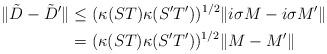
LaTeX: \begin{align*}\|\tilde{D}-\tilde{D}^{\prime}\|&\leq (\kappa(ST)\kappa(S^{\prime}T^{\prime}))^{1/2}\|i\sigma M-i\sigma M^{\prime}\| \\&= (\kappa(ST)\kappa(S^{\prime}T^{\prime}))^{1/2}\|M-M^{\prime}\|\end{align*}